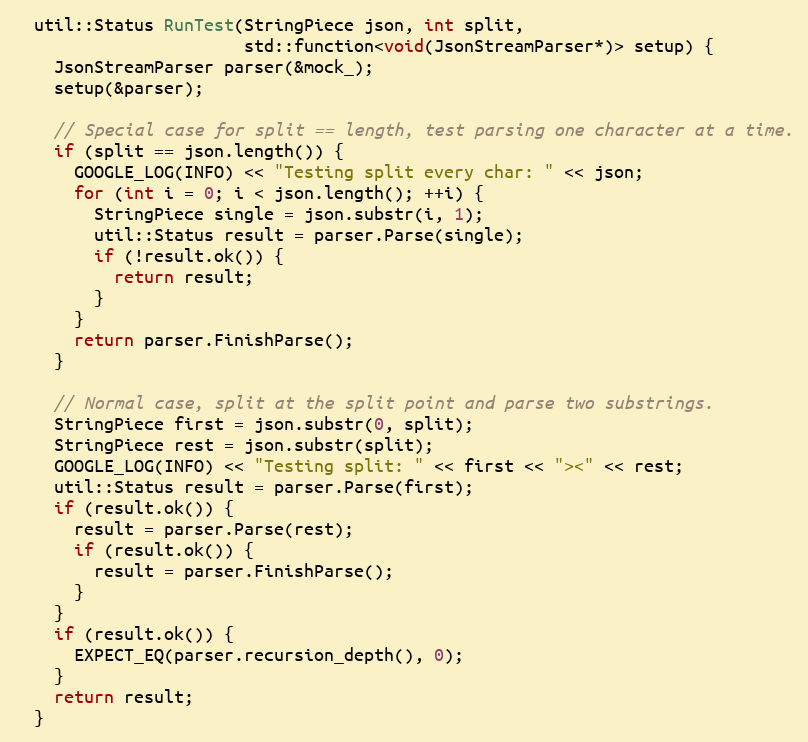
Language: C++
  util::Status RunTest(StringPiece json, int split,
                       std::function<void(JsonStreamParser*)> setup) {
    JsonStreamParser parser(&mock_);
    setup(&parser);

    // Special case for split == length, test parsing one character at a time.
    if (split == json.length()) {
      GOOGLE_LOG(INFO) << "Testing split every char: " << json;
      for (int i = 0; i < json.length(); ++i) {
        StringPiece single = json.substr(i, 1);
        util::Status result = parser.Parse(single);
        if (!result.ok()) {
          return result;
        }
      }
      return parser.FinishParse();
    }

    // Normal case, split at the split point and parse two substrings.
    StringPiece first = json.substr(0, split);
    StringPiece rest = json.substr(split);
    GOOGLE_LOG(INFO) << "Testing split: " << first << "><" << rest;
    util::Status result = parser.Parse(first);
    if (result.ok()) {
      result = parser.Parse(rest);
      if (result.ok()) {
        result = parser.FinishParse();
      }
    }
    if (result.ok()) {
      EXPECT_EQ(parser.recursion_depth(), 0);
    }
    return result;
  }